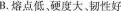
B.熔点低，硬度大、韧性好